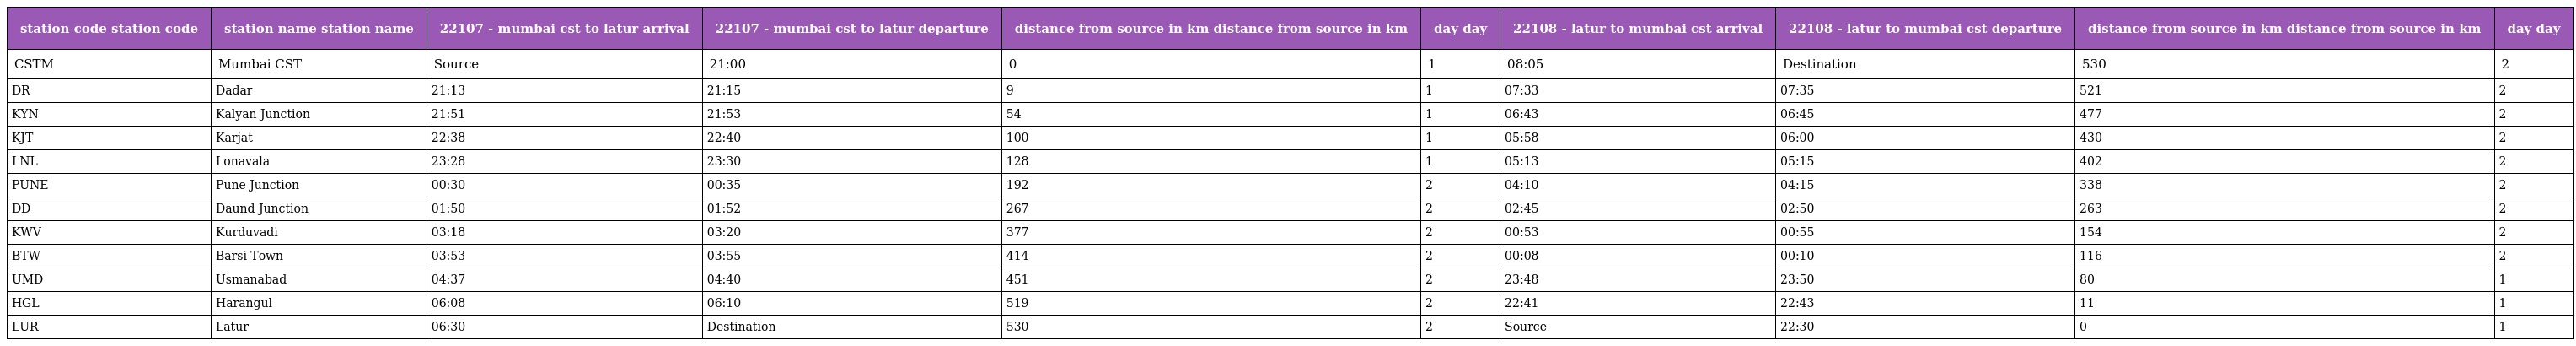
| station code station code | station name station name | 22107 - mumbai cst to latur arrival | 22107 - mumbai cst to latur departure | distance from source in km distance from source in km | day day | 22108 - latur to mumbai cst arrival | 22108 - latur to mumbai cst departure | distance from source in km distance from source in km | day day |
 | --- | --- | --- | --- | --- | --- | --- | --- | --- | --- |
 | CSTM | Mumbai CST | Source | 21:00 | 0 | 1 | 08:05 | Destination | 530 | 2 |
 | DR | Dadar | 21:13 | 21:15 | 9 | 1 | 07:33 | 07:35 | 521 | 2 |
 | KYN | Kalyan Junction | 21:51 | 21:53 | 54 | 1 | 06:43 | 06:45 | 477 | 2 |
 | KJT | Karjat | 22:38 | 22:40 | 100 | 1 | 05:58 | 06:00 | 430 | 2 |
 | LNL | Lonavala | 23:28 | 23:30 | 128 | 1 | 05:13 | 05:15 | 402 | 2 |
 | PUNE | Pune Junction | 00:30 | 00:35 | 192 | 2 | 04:10 | 04:15 | 338 | 2 |
 | DD | Daund Junction | 01:50 | 01:52 | 267 | 2 | 02:45 | 02:50 | 263 | 2 |
 | KWV | Kurduvadi | 03:18 | 03:20 | 377 | 2 | 00:53 | 00:55 | 154 | 2 |
 | BTW | Barsi Town | 03:53 | 03:55 | 414 | 2 | 00:08 | 00:10 | 116 | 2 |
 | UMD | Usmanabad | 04:37 | 04:40 | 451 | 2 | 23:48 | 23:50 | 80 | 1 |
 | HGL | Harangul | 06:08 | 06:10 | 519 | 2 | 22:41 | 22:43 | 11 | 1 |
 | LUR | Latur | 06:30 | Destination | 530 | 2 | Source | 22:30 | 0 | 1 |